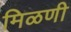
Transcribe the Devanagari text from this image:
मिळणी